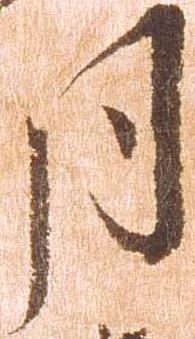
月